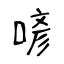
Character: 喭